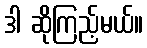
ဒါ ဆိုကြည့်မယ်။